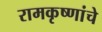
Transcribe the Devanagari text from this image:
रामकृष्णांचे